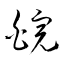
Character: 皖